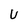
Character: U